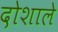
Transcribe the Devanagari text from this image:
दोशाले